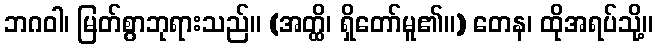
ဘဂဝါ၊ မြတ်စွာဘုရားသည်။ (အတ္ထိ၊ ရှိတော်မူ၏။) တေန၊ ထိုအရပ်သို့။